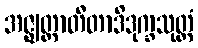
အဇ္ဈတ္တာတီတာဒိဒုက္ခသုတ္တံ